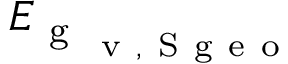
E _ { \mathrm { ~ g ~ } _ { \mathrm { ~ v ~ , ~ S ~ g ~ e ~ o ~ } } }